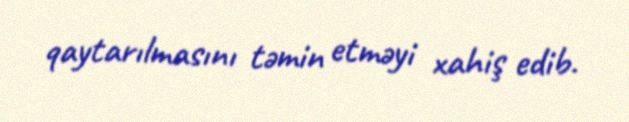
qaytarılmasını təmin etməyi xahiş edib.